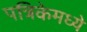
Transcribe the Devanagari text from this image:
पत्रिकेमध्ये